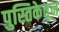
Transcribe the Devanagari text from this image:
पुस्तिकेतून